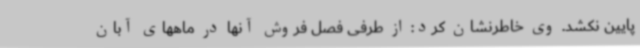
پایین نکشد. وی خاطرنشان کرد: از طرفی فصل فروش آنها در ماههای آبان